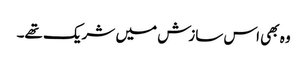
وہ بھی اس سازش میں شریک تھے۔